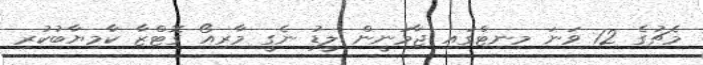
މެޗުގެ 12 ވަނަ މިނިޓްގައި ޖާމަނީން ލީޑު ނެގީ މާރިއޯ ގޮޓްޒާ ކާމިޔާބުކުރި